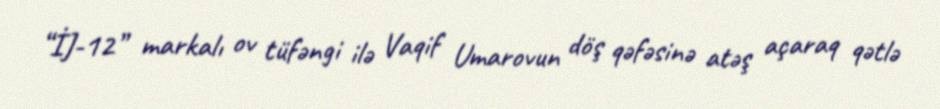
“İJ-12” markalı ov tüfəngi ilə Vaqif Umarovun döş qəfəsinə atəş açaraq qətlə